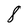
Character: 8